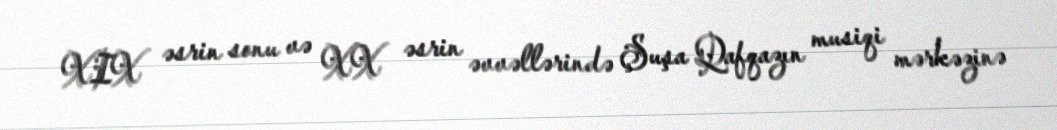
XIX əsrin sonu və XX əsrin əvvəllərində Şuşa Qafqazın musiqi mərkəzinə